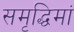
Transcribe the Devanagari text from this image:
समृद्धिमां